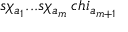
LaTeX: s \chi _ { a _ { 1 } } . . . s \chi _ { a _ { m } } \, c h i _ { a _ { m + 1 } }